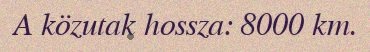
A közutak hossza: 8000 km.